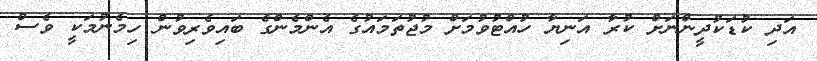
އަދި ކުޑަކުދީންނަށް ކުރާ އަނިޔާ ހުއްޓުވުމަށް މުޖުތަމައުގެ އެންމެންގެ ބައިވެރިވުން ހިމެނުމަކީ ވެސް